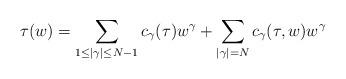
LaTeX: \begin{align*}\tau(w)=\sum_{1\le|\gamma|\le N-1} c_{\gamma}(\tau)w^{\gamma}+\sum_{|\gamma|=N}c_{\gamma}(\tau,w)w^{\gamma}\end{align*}